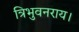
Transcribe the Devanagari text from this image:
त्रिभुवनराय।